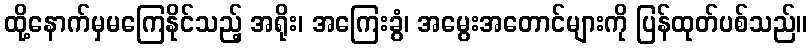
ထို့နောက်မှမကြေနိုင်သည့် အရိုး၊ အကြေးခွံ၊ အမွေးအတောင်များကို ပြန်ထုတ်ပစ်သည်။